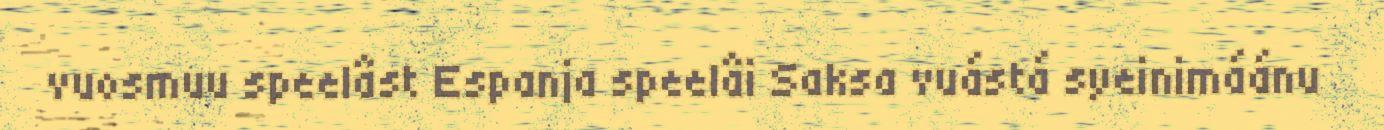
vuosmuu speelâst Espanja speelâi Saksa vuástá syeinimáánu